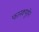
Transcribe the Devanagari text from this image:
फानक्यूशेन